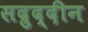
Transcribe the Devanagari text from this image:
सद्रुद्दीन